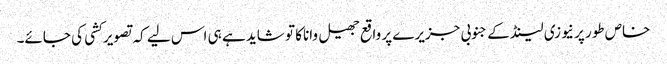
خاص طور پر نیوزی لینڈ کے جنوبی جزیرے پر واقع جھیل واناکا تو شاید ہے ہی اس لیے کہ تصویر کشی کی جائے۔